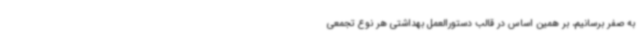
به صفر برسانیم، بر همین اساس در قالب دستورالعمل بهداشتی هر نوع تجمعی